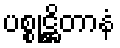
ပစ္စုဋ္ဌိတာနံ